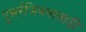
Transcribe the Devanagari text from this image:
पुन्नर्रंजिवनासाठी